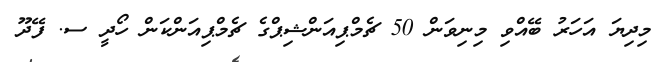
މިދިޔަ އަހަރު ބޭއްވި މިނިވަން 50 ޗެމްޕިއަންޝިޕްގެ ޗެމްޕިއަންކަން ހޯދީ ސ. ފޭދޫ